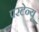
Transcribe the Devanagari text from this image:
परटेन्यू